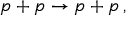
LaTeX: p + p \rightarrow p + p \, ,